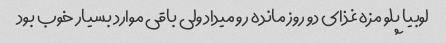
لوبیا پلو مزه غذای دو روز مانده رو میداد ولی باقی موارد بسیار خوب بود